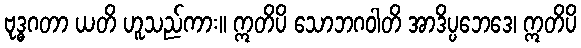
ဗုဒ္ဓဂတာ ယတိ ဟူသည်ကား။ ဣတိပိ သောဘဂဝါတိ အာဒိပ္ပဘေဒေ၊ ဣတိပိ